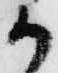
か